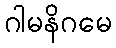
ဂါမနိဂမေ